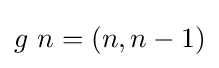
g\ n=(n,n-1)